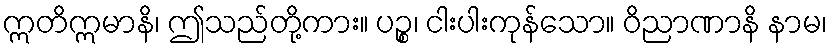
ဣတိဣမာနိ၊ ဤသည်တို့ကား။ ပဉ္စ၊ ငါးပါးကုန်သော။ ဝိညာဏာနိ နာမ၊